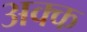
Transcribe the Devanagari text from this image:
अक्क